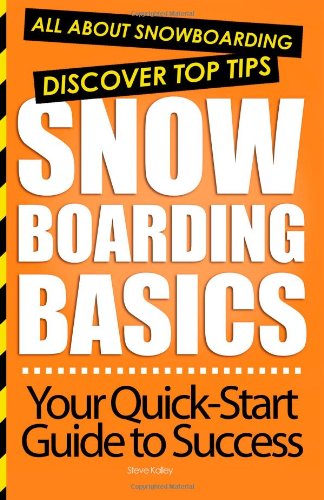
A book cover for Snowboarding Basics: All About Snowboarding; Steve Kalley; Sports & Outdoors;